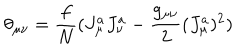
\theta _ { \mu \nu } = \frac { f } { N } ( J _ { \mu } ^ { a } J _ { \nu } ^ { a } - \frac { g _ { \mu \nu } } { 2 } ( J _ { \mu } ^ { a } ) ^ { 2 } )